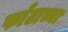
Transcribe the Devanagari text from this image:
फाँटाच्या